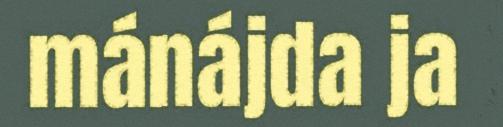
mánájda ja